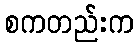
စကတည်းက